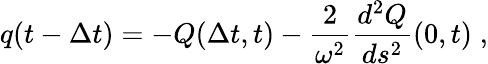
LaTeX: q(t-{\Delta t})=-Q({\Delta t},t)-{\frac{2}{\omega^{2}}}{\frac{d^{2}Q}{ds^{2}}}(0,t)\; ,